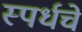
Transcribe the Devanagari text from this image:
स्पर्धचे